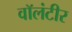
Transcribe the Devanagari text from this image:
वॉलंटीर